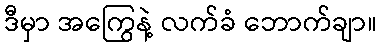
ဒီမှာ အကြွေနဲ့ လက်ခံ ဘောက်ချာ။